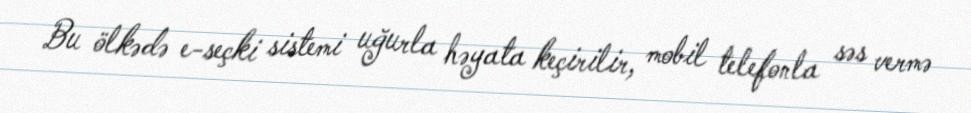
Bu ölkədə e-seçki sistemi uğurla həyata keçirilir, mobil telefonla səs vermə